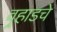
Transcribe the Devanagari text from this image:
वर्‍हाडचे